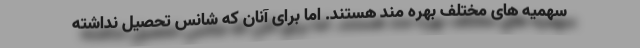
سهمیه های مختلف بهره مند هستند. اما برای آنان که شانس تحصیل نداشته